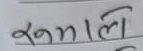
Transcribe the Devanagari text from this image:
रुमालि